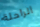
الراحلة